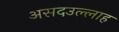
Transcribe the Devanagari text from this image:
असदउल्लाह